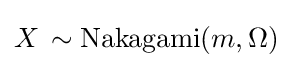
X\,\sim {\textrm {Nakagami}}(m,\Omega )